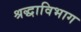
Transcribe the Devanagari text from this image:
श्रद्धाविभाग